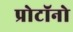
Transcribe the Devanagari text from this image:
प्रोटॉनो